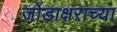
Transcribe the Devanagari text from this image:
जोडाक्षराच्या